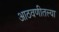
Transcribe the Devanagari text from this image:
आठवणीतल्या